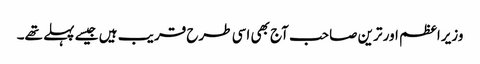
وزیراعظم اور ترین صاحب آج بھی اسی طرح قریب ہیں جیسے پہلے تھے۔